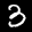
Label: 3